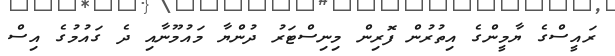
ރައީސްގެ ޔާމީންގެ އިތުރުން ފޮރިން މިނިސްޓަރު ދުންޔާ މައުމޫނާއި ދެ ގައުމުގެ އިސް